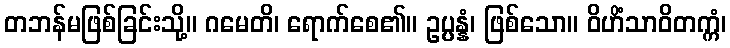
တဘန်မဖြစ်ခြင်းသို့။ ဂမေတိ၊ ရောက်စေ၏။ ဥပ္ပန္နံ၊ ဖြစ်သော။ ဝိဟိံသာဝိတက္ကံ၊